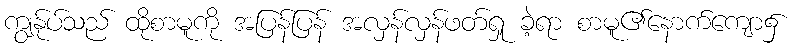
ကျွန်ုပ်သည် ထိုစာမူကို အပြန်ပြန် အလှန်လှန်ဖတ်ရှု ခဲ့ရာ စာမူ၏နောက်ကျော၌